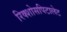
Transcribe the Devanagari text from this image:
रिक्शोसपिटालेट